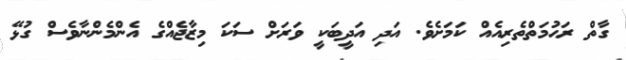
ގާތް ރަޙުމަތްތެރިއެއް ކަމަށެވެ. އަދި އަދީބަކީ ވަރަށް ސަކަ މިޒާޖެއްގެ އެންމެންނާވެސް ގުޅޭ